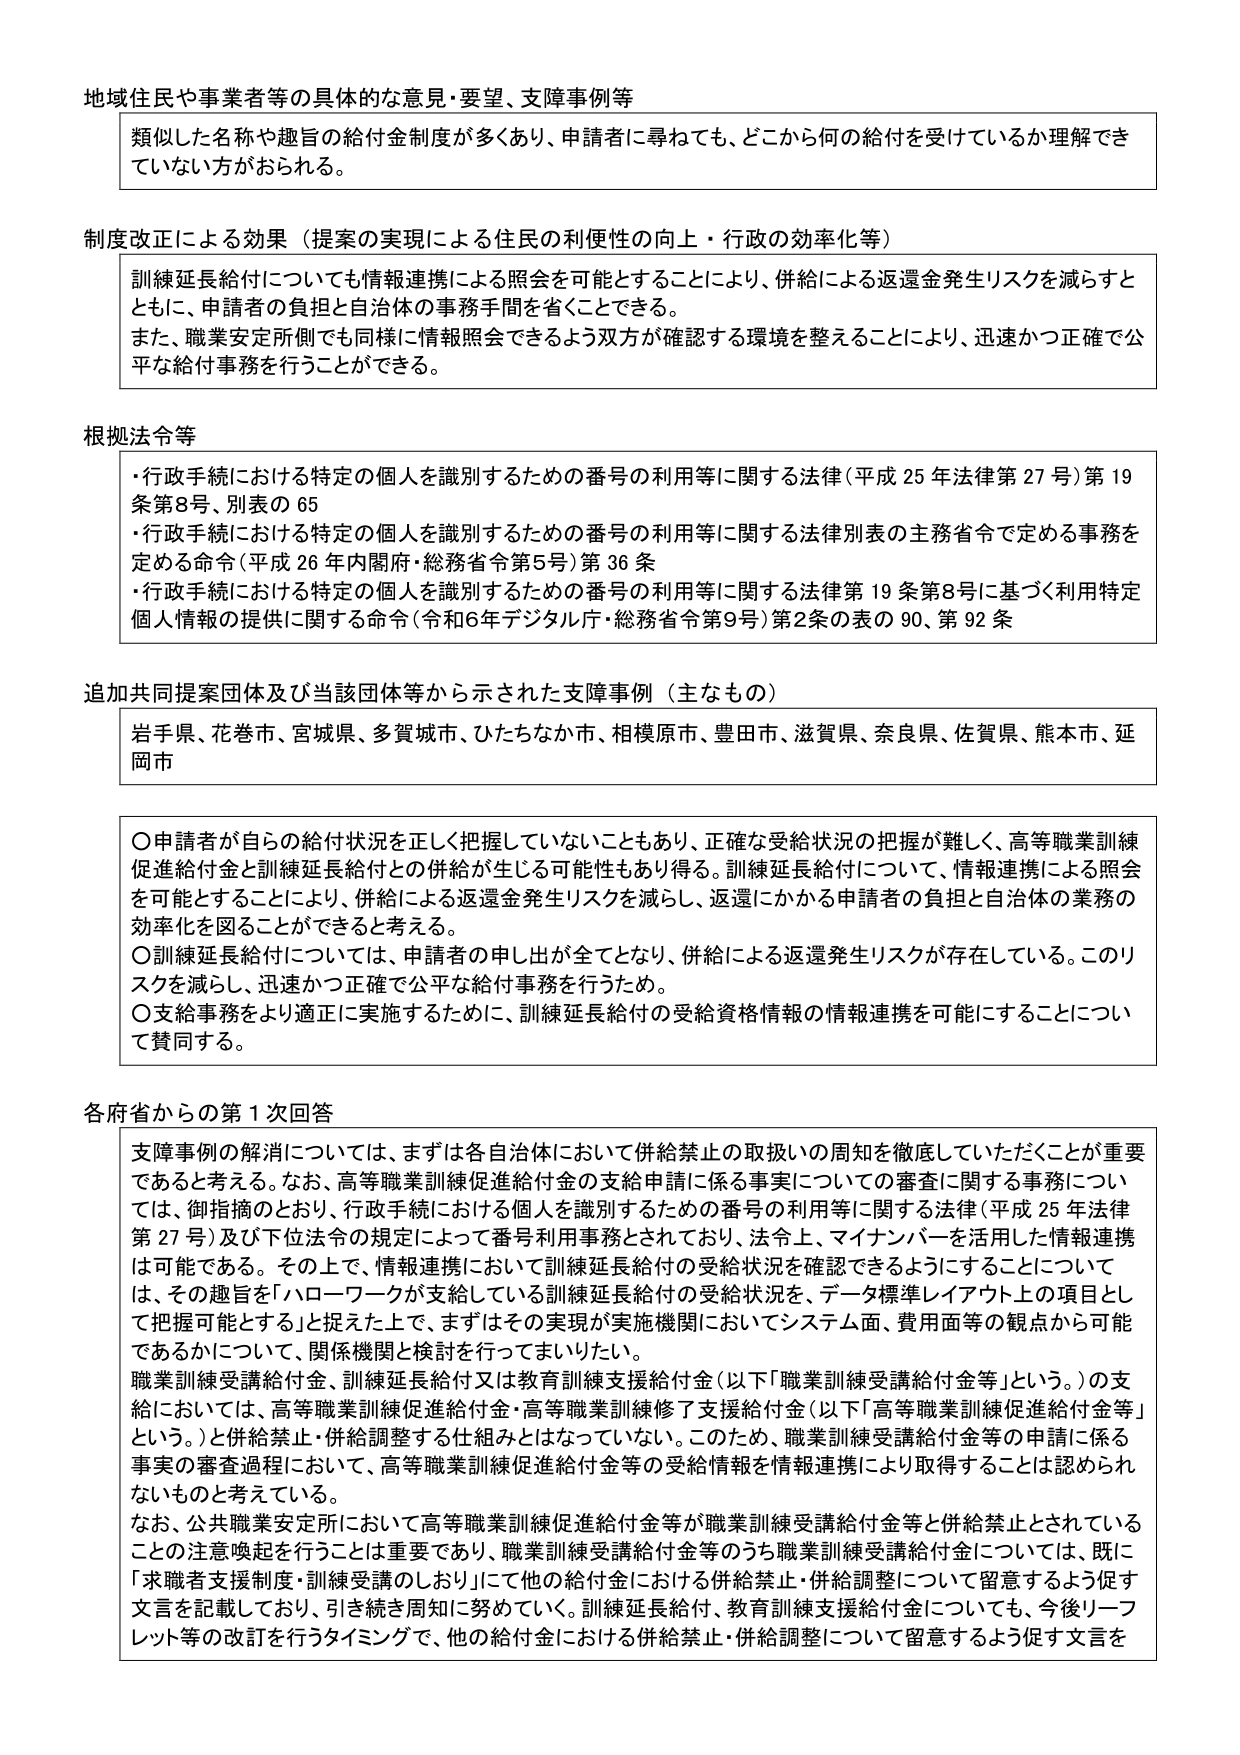
地域住民や事業者等の具体的な意見・要望、支障事例等
類似した名称や趣旨の給付金制度が多くあり、申請者に尋ねても、どこから何の給付を受けているか理解できていない方がおられる。

制度改正による効果（提案の実現による住民の利便性の向上・行政の効率化等）
訓練延長給付についても情報連携による照会を可能とすることにより、併給による返還金発生リスクを減らすとともに、申請者の負担と自治体の事務手間を省くことができる。
また、職業安定所側でも同様に情報照会できるよう双方が確認する環境を整えることにより、迅速かつ正確で公平な給付事務を行うことができる。

根拠法令等
・行政手続における特定の個人を識別するための番号の利用等に関する法律（平成25年法律第27号）第19条第8号、別表の65
・行政手続における特定の個人を識別するための番号の利用等に関する法律別表の主務省令で定める事務を定める命令（平成26年内閣府・総務省令第5号）第36条
・行政手続における特定の個人を識別するための番号の利用等に関する法律第19条第8号に基づく利用特定個人情報の提供に関する命令（令和6年デジタル庁・総務省令第9号）第2条の表の90、第92条

追加共同提案団体及び当該団体等から示された支障事例（主なもの）
岩手県、花巻市、宮城県、多賀城市、ひたちなか市、相模原市、豊田市、滋賀県、奈良県、佐賀県、熊本市、延岡市

〇申請者が自らの給付状況を正しく把握していないこともあり、正確な受給状況の把握が難しく、高等職業訓練促進給付金と訓練延長給付との併給が生じる可能性もあり得る。訓練延長給付について、情報連携による照会を可能とすることにより、併給による返還金発生リスクを減らし、返還にかかる申請者の負担と自治体の業務の効率化を図ることができると考える。
〇訓練延長給付については、申請者の申し出が全てとなり、併給による返還発生リスクが存在している。このリスクを減らし、迅速かつ正確で公平な給付事務を行うため。
〇支給事務をより適正に実施するために、訓練延長給付の受給資格情報の情報連携を可能することについて賛同する。

各府省からの第1次回答
支障事例の解消については、まずは各自治体において併給禁止の取扱いの周知を徹底していただくことが重要であると考える。なお、高等職業訓練促進給付金の支給申請に係る事実についての審査に関する事務については、御指摘のとおり、行政手続における個人を識別するための番号の利用等に関する法律（平成25年法律第27号）及び下位法令の規定によって番号利用事務とされており、法令上、マイナンバーを活用した情報連携は可能である。その上で、情報連携において訓練延長給付の受給状況を確認できるようにすることについては、その趣旨を「ハローワークが支給している訓練延長給付の受給状況を、データ標準レイアウト上の項目として把握可能とする」と捉えた上で、まずはその実現が実施機関においてシステム面、費用面等の観点から可能であるかについて、関係機関と検討を行ってまいりたい。
職業訓練受講給付金、訓練延長給付又は教育訓練支援給付金（以下「職業訓練受講給付金等」という。）の支給においては、高等職業訓練促進給付金・高等職業訓練修了支援給付金（以下「高等職業訓練促進給付金等」という。）と併給禁止・併給調整する仕組みとはなっていない。このため、職業訓練受講給付金等の申請に係る事実の審査過程において、高等職業訓練促進給付金等の受給情報を情報連携により取得することは認められないものと考えている。
なお、公共職業安定所において高等職業訓練促進給付金等が職業訓練受講給付金等と併給禁止とされていることの注意喚起を行うことは重要であり、職業訓練受講給付金等のうち職業訓練受講給付金については、既に「求職者支援制度・訓練受講のしおり」にて他の給付金における併給禁止・併給調整について留意するよう促す文言を記載しており、引き続き周知に努めていく。訓練延長給付、教育訓練支援給付金についても、今後リーフレット等の改訂を行うタイミングで、他の給付金における併給禁止・併給調整について留意するよう促す文言を